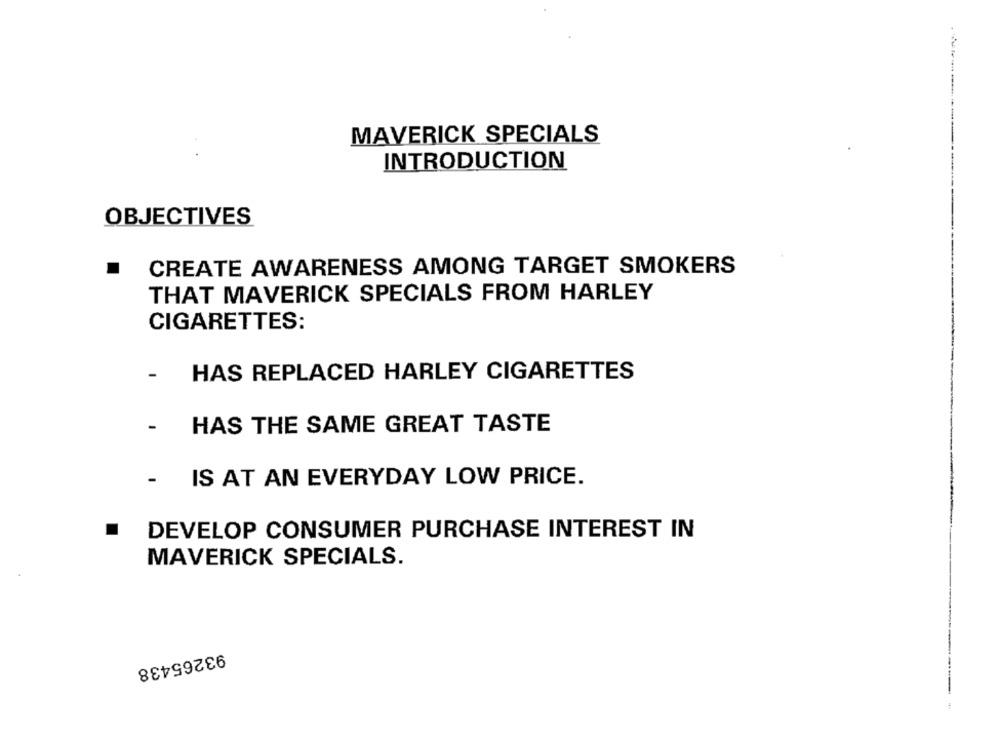
MAVERICK SPECIALS
INTRODUCTION
OBJECTIVES
.
CREATE AWARENESS AMONG TARGET SMOKERS
THAT MAVERICK SPECIALS FROM HARLEY
CIGARETTES:
HAS REPLACED HARLEY CIGARETTES
-
HAS THE SAME GREAT TASTE
- IS AT AN EVERYDAY LOW PRICE.
.
DEVELOP CONSUMER PURCHASE INTEREST IN
MAVERICK SPECIALS.
93265438